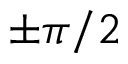
\pm \pi / 2